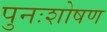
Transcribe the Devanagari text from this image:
पुनःशोषण